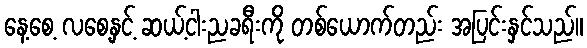
နေ့စေ့ လစေ့နှင့် ဆယ့်ငါးညခရီးကို တစ်ယောက်တည်း အပြင်းနှင်သည်။